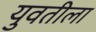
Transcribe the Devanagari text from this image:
युवतीला